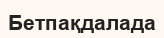
Бетпақдалада